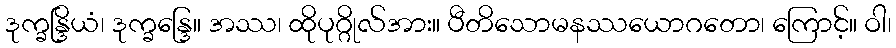
ဒုက္ခန္ဒြိယံ၊ ဒုက္ခန္ဒြေ။ အဿ၊ ထိုပုဂ္ဂိုလ်အား။ ပီတိသောမနဿယောဂတော၊ ကြောင့်။ ဝါ၊